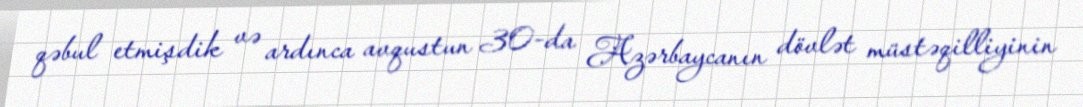
qəbul etmişdik və ardınca avqustun 30-da Azərbaycanın dövlət müstəqilliyinin